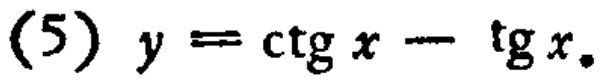
(5) \(y = \ctg x - \tg x\)